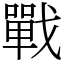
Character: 戰